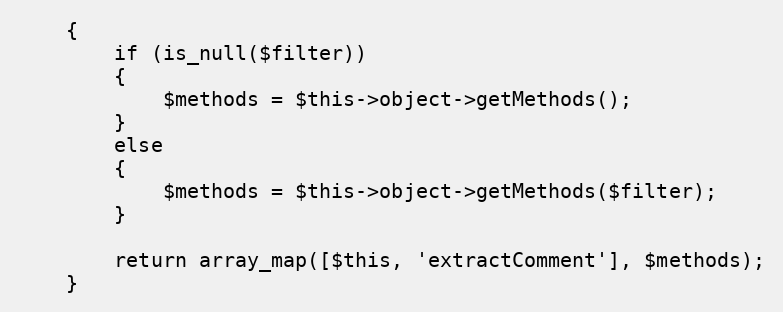
Language: PHP
    {
        if (is_null($filter))
        {
            $methods = $this->object->getMethods();
        }
        else
        {
            $methods = $this->object->getMethods($filter);
        }

        return array_map([$this, 'extractComment'], $methods);
    }